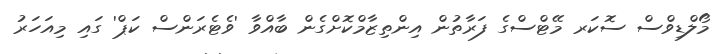
މޯލްޑިވްސް ސޮކަރ މޭޓްސްގެ ފަރާތުން އިންތިޒާމްކޮށްގެން ބާއްވާ 'ވެޓެރަންސް ކަޕް' ގައި މިއަހަރު